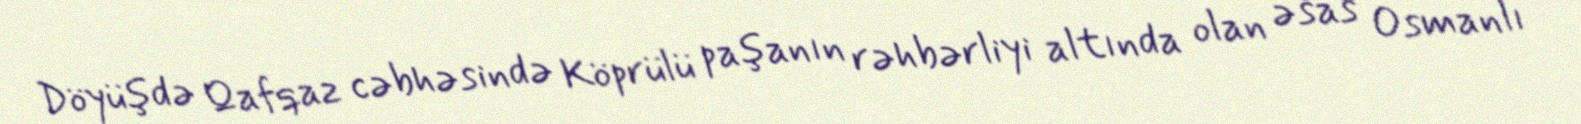
Döyüşdə Qafqaz cəbhəsində Köprülü paşanın rəhbərliyi altında olan əsas Osmanlı